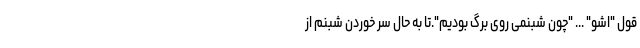
قول "اشو" ... "چون شبنمی روی برگ بودیم".تا به حال سُر خوردن شبنم از